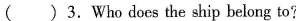
( )3.Who does the ship belong to?